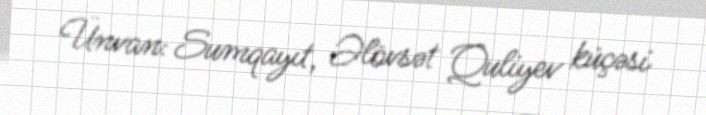
Ünvan: Sumqayıt, Əlövsət Quliyev küçəsi